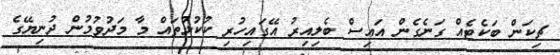
ޗިކަން ބަކެޓެއް ގަނެގެން އައިސް ބެލިއިރު އޭގައިހުރި ކުކުޅުތައް މާ މަދުވުމުން ދުނިޔޭގެ